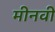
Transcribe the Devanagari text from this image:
मीनवी